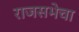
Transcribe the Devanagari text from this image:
राजसभेचा